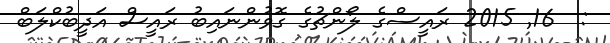
:  16